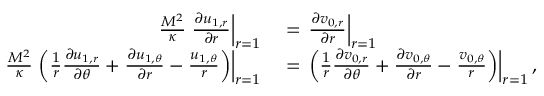
\begin{array} { r l } { \frac { M ^ { 2 } } { \kappa } \left. \frac { \partial u _ { 1 , r } } { \partial r } \right| _ { r = 1 } } & { { } = \left. \frac { \partial v _ { 0 , r } } { \partial r } \right| _ { r = 1 } } \\ { \frac { M ^ { 2 } } { \kappa } \left. \left( \frac { 1 } { r } \frac { \partial u _ { 1 , r } } { \partial \theta } + \frac { \partial u _ { 1 , \theta } } { \partial r } - \frac { u _ { 1 , \theta } } { r } \right) \right| _ { r = 1 } } & { { } = \left. \left( \frac { 1 } { r } \frac { \partial v _ { 0 , r } } { \partial \theta } + \frac { \partial v _ { 0 , \theta } } { \partial r } - \frac { v _ { 0 , \theta } } { r } \right) \right| _ { r = 1 } , } \end{array}